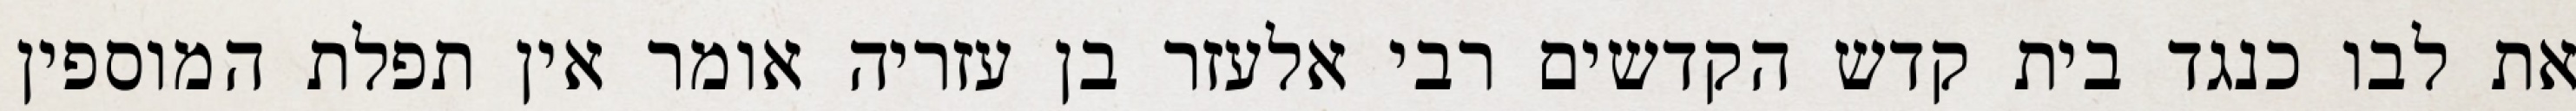
את לבו כנגד בית קדש הקדשים רבי אלעזר בן עזריה אומר אין תפלת המוספין